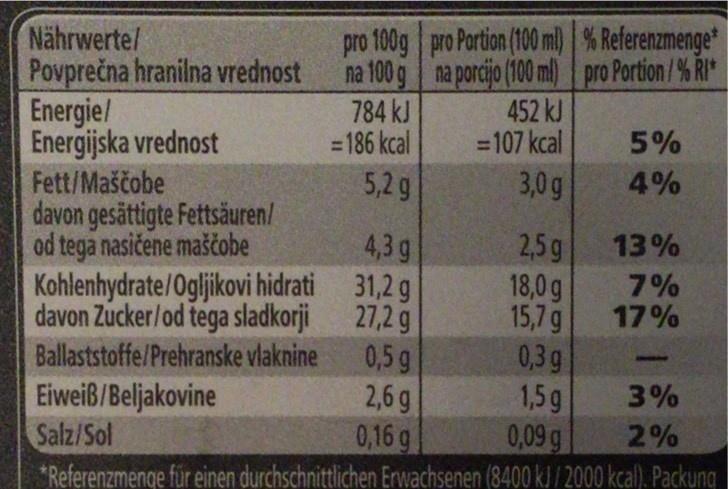
Nährwerte/ Povprečna hranilna vrednost Energie/ Energijska vrednost
pro 100g pro Portion (100 ml) % Referenzmenge* na 100 g na porcijo (100 ml) pro Portion/% RI* 784 kJ = 186 kcal
452 kJ =107 kcal
5%
Fett/Maščobe davon gesättigte Fettsäuren/ od tega nasičene maščobe Kohlenhydrate/Ogljikovi hidrati 31,2 g davon Zucker/od tega sladkorji
5,2 g
3,0g
4%
4,3 g
2,5g 18,0 g 15,7g 0,3 g 1,5g 0,09 g
13%
7% 17%
27,2 g 0,5 g 2,6 g 0,16 g
Ballaststoffe/Prehranske vlaknine
Eiweiß/Beljakovine Salz/Sol *Referenzmenge für einen durchschnittlichen Erwachsenen (8400 kJ/2000 kcal). Packung
3%
2%